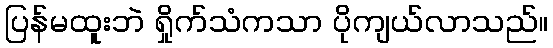
ပြန်မထူးဘဲ ရှိုက်သံကသာ ပိုကျယ်လာသည်။